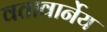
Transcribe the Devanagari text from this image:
वतावार्नेय